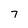
Character: 7